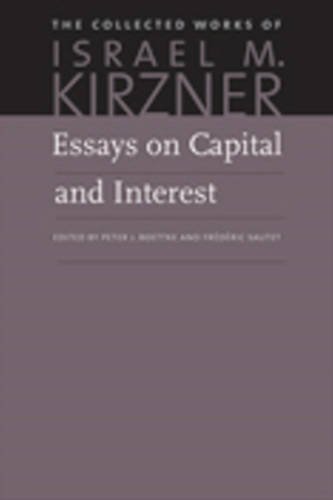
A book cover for Essays on Capital and Interest: An Austrian Perspective (The Collected Works of Israel M. Kirzner); Israel Kirzner; Business & Money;